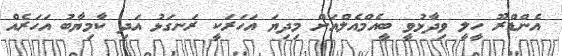
އެންޑްރޫ ހީލީ ވިދާޅުވީ ބީއެމްއެލްއަށް މިދިޔަ އަހަރަކީ ރަނގަޅު އަދި ކާމިޔާބު އަހަރެއް